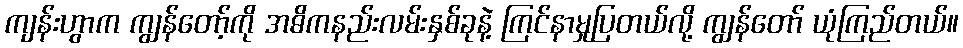
ကျန်းဟွာက ကျွန်တော့်ကို အဓိကနည်းလမ်းနှစ်ခုနဲ့ ကြင်နာမှုပြတယ်လို့ ကျွန်တော် ယုံကြည်တယ်။